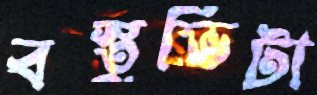
বস্তুভিটা